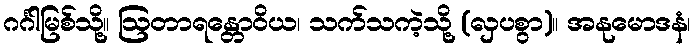
ဂင်္ဂါမြစ်သို့။ ဩတာရန္တောဝိယ၊ သက်သကဲ့သို့ (လှပစွာ)။ အနုမောဒနံ၊